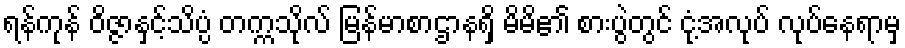
ရန်ကုန် ဝိဇ္ဇာနှင့်သိပ္ပံ တက္ကသိုလ် မြန်မာစာဌာနရှိ မိမိ၏ စားပွဲတွင် ငုံ့အလုပ် လုပ်နေရာမှ